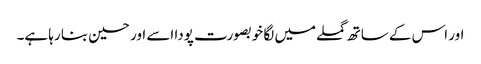
اور اس کے ساتھ گملے میں لگا خوبصورت پودا اسے اور حسین بنا رہا ہے۔